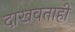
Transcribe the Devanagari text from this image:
दाखवताही